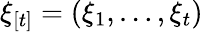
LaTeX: \xi_{[t]}=(\xi_{1},\dots,\xi_{t})